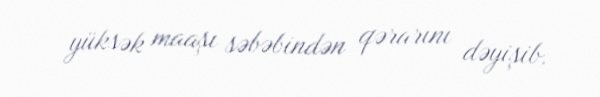
yüksək maaşı səbəbindən qərarını dəyişib.